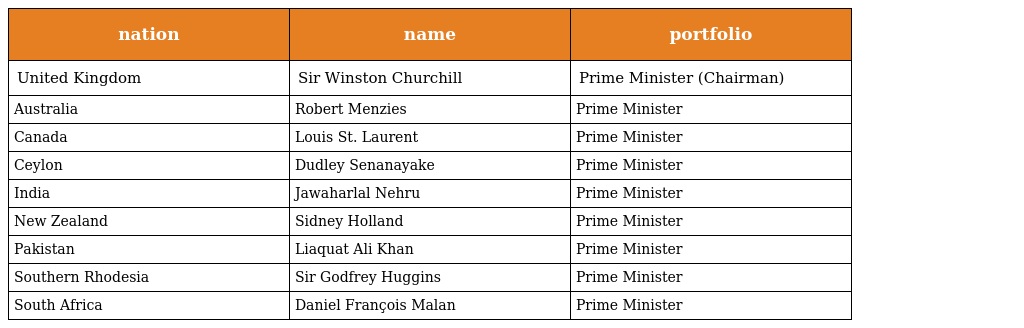
| nation | name | portfolio |
 | --- | --- | --- |
 | United Kingdom | Sir Winston Churchill | Prime Minister (Chairman) |
 | Australia | Robert Menzies | Prime Minister |
 | Canada | Louis St. Laurent | Prime Minister |
 | Ceylon | Dudley Senanayake | Prime Minister |
 | India | Jawaharlal Nehru | Prime Minister |
 | New Zealand | Sidney Holland | Prime Minister |
 | Pakistan | Liaquat Ali Khan | Prime Minister |
 | Southern Rhodesia | Sir Godfrey Huggins | Prime Minister |
 | South Africa | Daniel François Malan | Prime Minister |